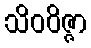
သိဝဝိဇ္ဇာ